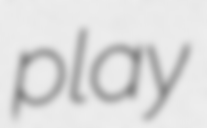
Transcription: play